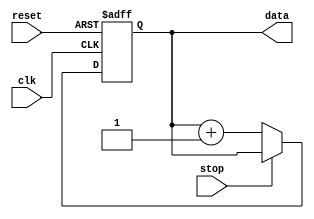
module RepeatLoop (
    input wire clk,      // Clock input for synchronous behaviors
    input wire reset,    // Reset signal to initialize the loop context
    input wire stop,     // External signal to interrupt the loop
    output reg [7:0] data // Example output data
);

    // Initial setup (assign values or initialize registers)
    initial begin
        data = 8'd0; // Initialize data
    end

    always @(posedge clk or posedge reset) begin
        if (reset) begin
            data <= 8'd0; // Reset data
        end 
        else if (!stop) begin
            // Infinite Loop Execution Block
            // Place your repetitive task here
            data <= data + 1; // Example operation: increment data
        end
    end

endmodule